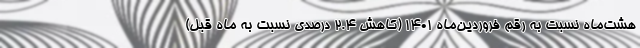
هشت‌ماه نسبت به رقم فروردین‌ماه ۱۴۰۱ (کاهش ۲.۴ درصدی نسبت به ماه قبل)